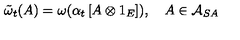
\tilde { \omega } _ { t } ( A ) = \omega ( \alpha _ { t } \left[ A \otimes 1 _ { E } \right] ) , \quad A \in \mathcal { A } _ { S A }